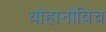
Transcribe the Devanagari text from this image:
योहानोविच